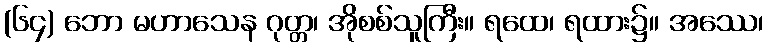
(၆၄) ဘော မဟာသေန ဂုတ္တ၊ အိုစစ်သူကြီး။ ရထေ၊ ရထား၌။ အဿေ၊